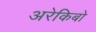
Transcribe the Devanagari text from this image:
अरेकिबो